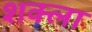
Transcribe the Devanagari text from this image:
शक्ला